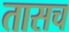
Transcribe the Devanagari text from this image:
तासच